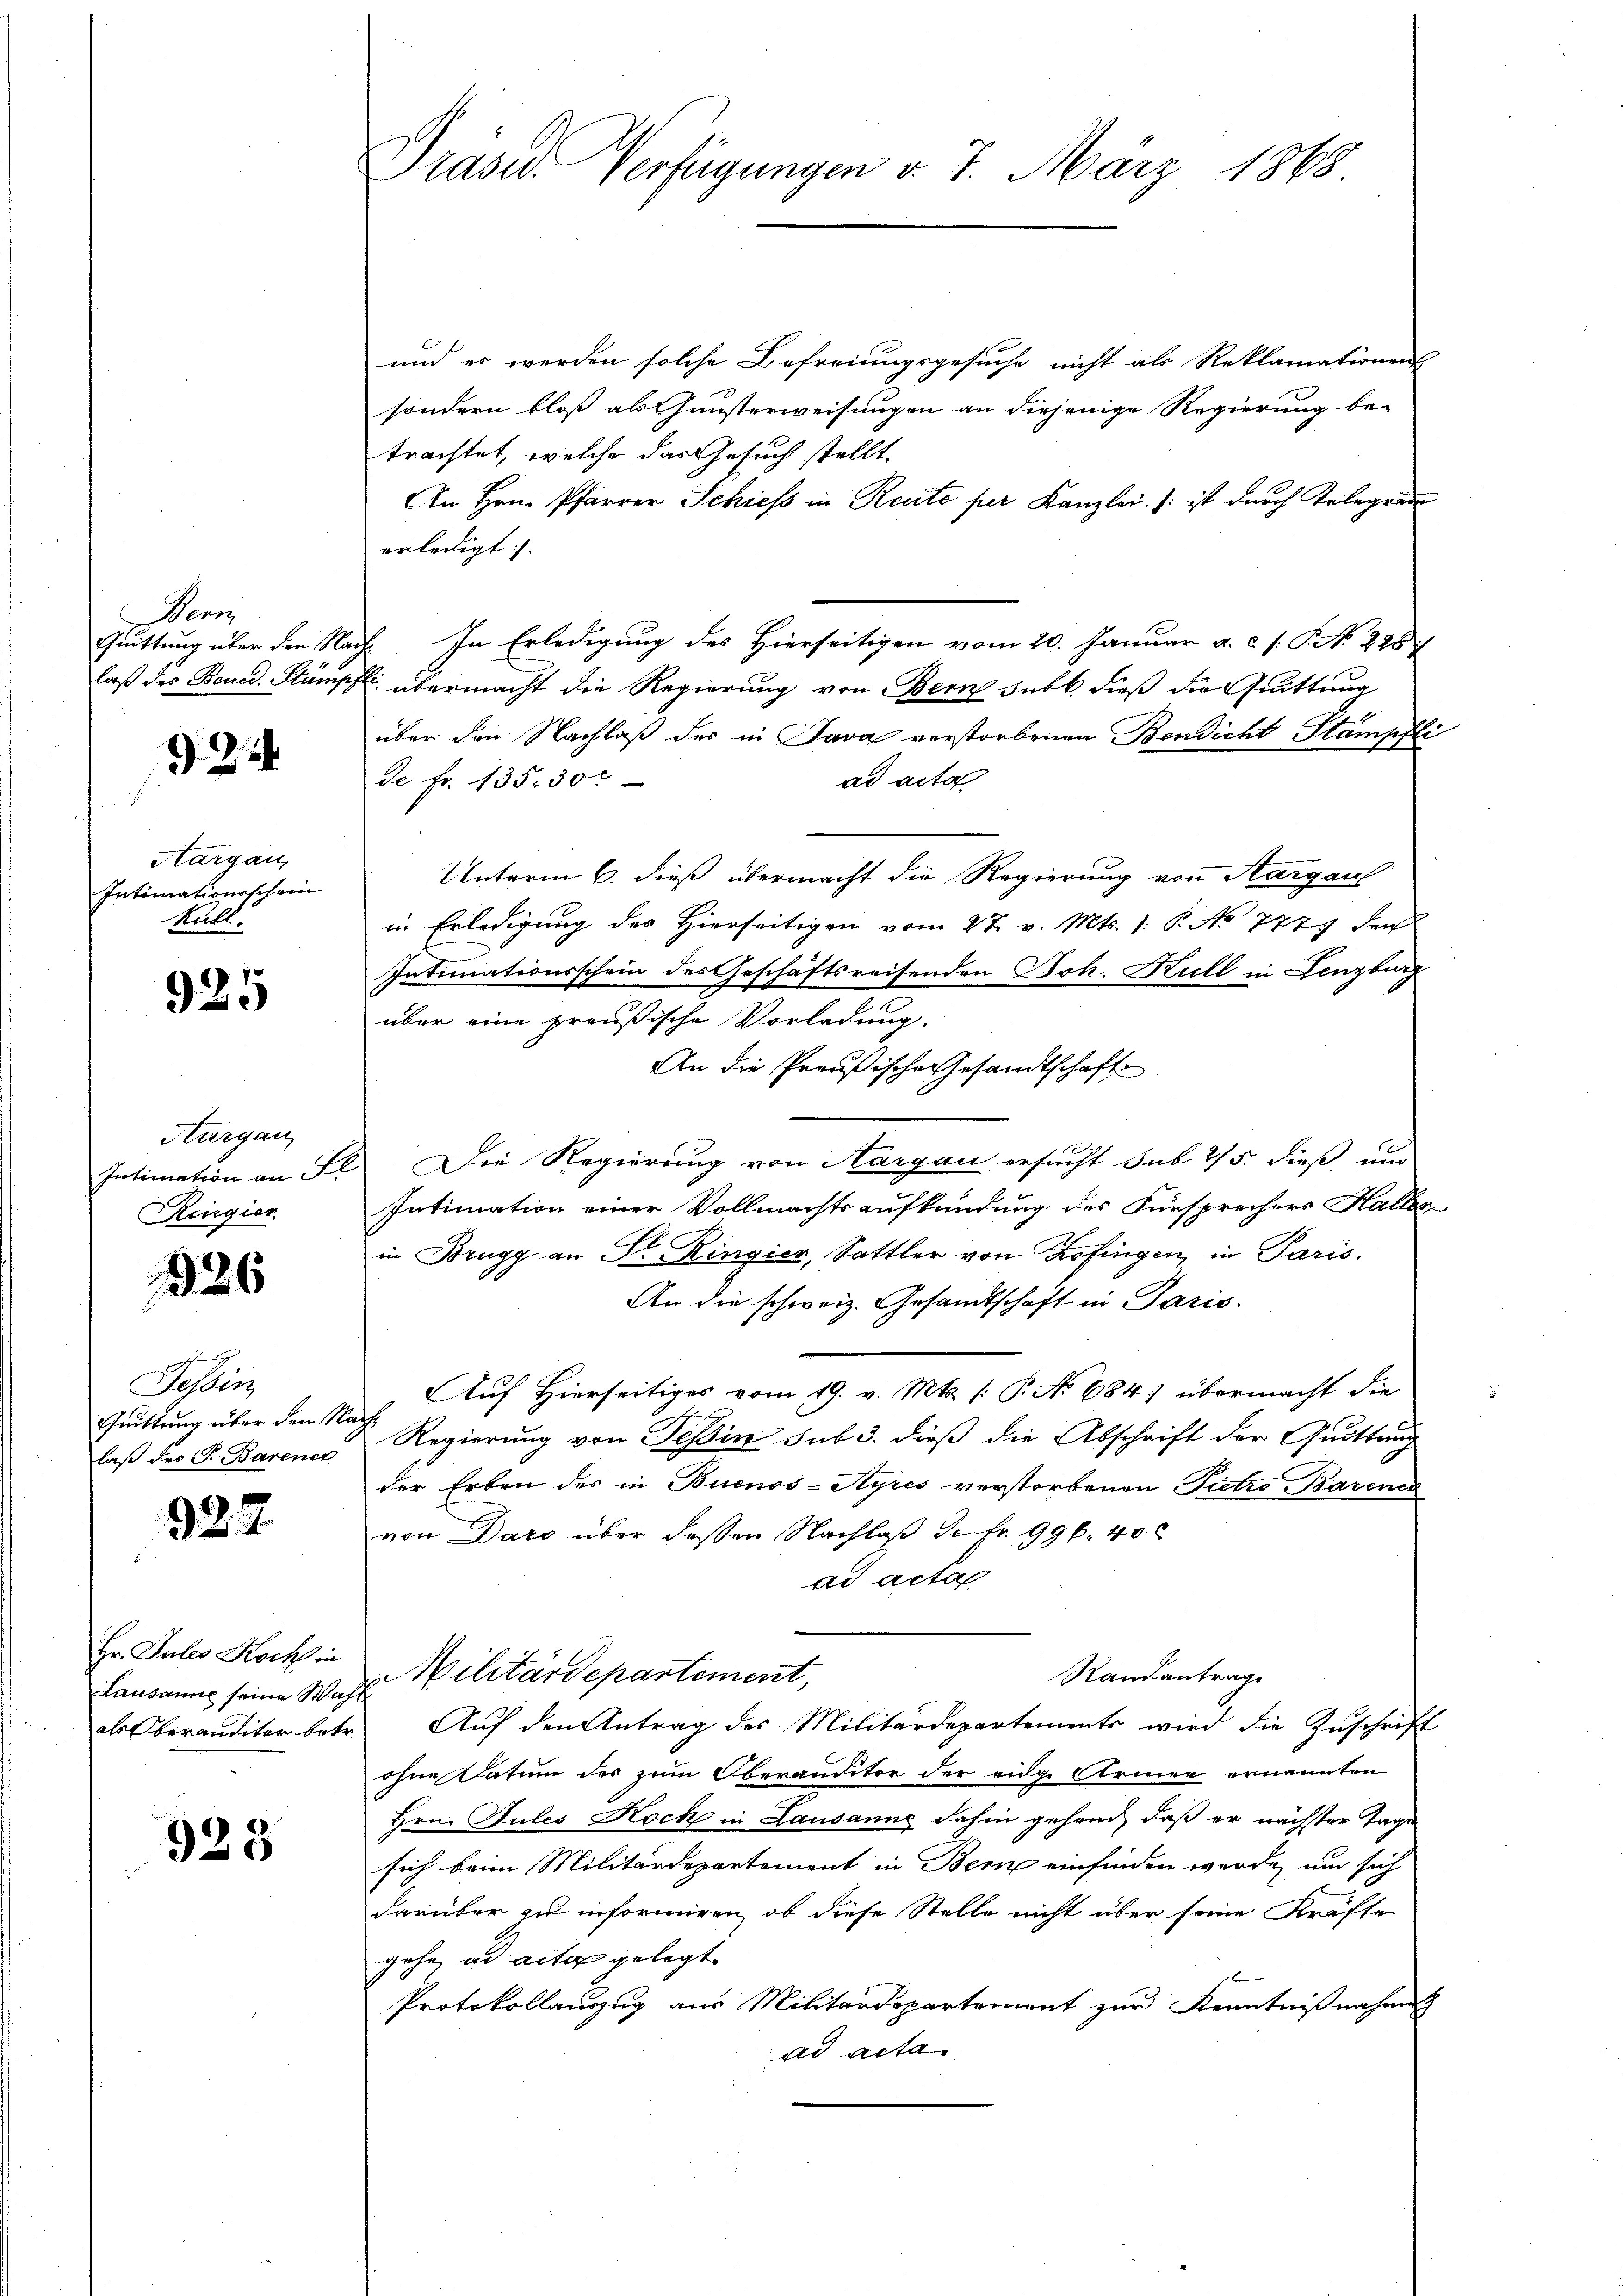
Wenn
Quittung über den Nac
laß des Bened. Kampf

922

Aargau,
Intimationsschein
Hull.

925

Hargau,
Intimation an Fl
Ringier

126

a
Tessin
Quittung über den 11.
laß des G. Barener

927

Hr. Gutes Rockh in
Lausanne seine Wahl
als Oberanditor betr.

923

Prasw. Verfügungen d. 7. März 1868

und es werden solche Befreiungsgesuche nicht als Reklamationens
sondern bloß als Jünsterweisungen an diejenige Regierung betrachtet, welche das Gesuch stellt
An Hrn. Pfarrer Schieß in Reute per Kanzlei. (: ist durch Telegrau
erledigt. |
In Erledigung des Hierseitigen vom 20. Januar a. c. /: P. N. 228
übermacht die Regierung von Bern subt dieß die Quittung
über den Nachlaß des in Java verstorbenen Bendicht Stampfli
ad acta
de Fr. 135. 30 r
Unterm 6. dieß übermacht die Regierung von Aargau
in Erledigung des Hierseitigen vom 27. v. Mts. 1. P. No 777 de
Intimationsschein des Geschäftsreisenden Joh. Kull in Lenzburg
über eine preußische Vorladung.
An die Preußische Gesandtschaft
Die Regierung von Aargau ersucht sub 2/5. dieß und
Intimation einer Vollmachtsaufkündung des Fürsprechers Halles
in Brugg an Dr. Ringier, Sattler von Zofingen, in Paris.
An die schweiz. Gesandtschaft in Paris.
 Auf Hierseitiges vom 19. v. Mts. (: P. No 684; übermacht die
Regierung von Tessin sub 3. dieß die Abschrift der Quittung
der Erben des in Buenos-Ayres verstorbenen Pietro Barenen
von Dars über dessen Nachlaß de Fr. 99 f. 40
ad acta
Militärdepartement,
Randantrag
Auf den Antrag des Militärdepartements wird die Zuschrift
ohne Datum der zum Oberanditor der eidge Armen ernannten
Hrn. Sules Rock in Lausanne dahin gehend, daß er nächster Tage
sich beim Militärdepartement in Bern einfinden werde, um sich
darüber zu informiren, ob diese Stelle nicht über seine Kräfte
gehe ad acta gelegt.
Protokollauszug aus Militärdepartement zur Kenntnißnahmen
ad acta.